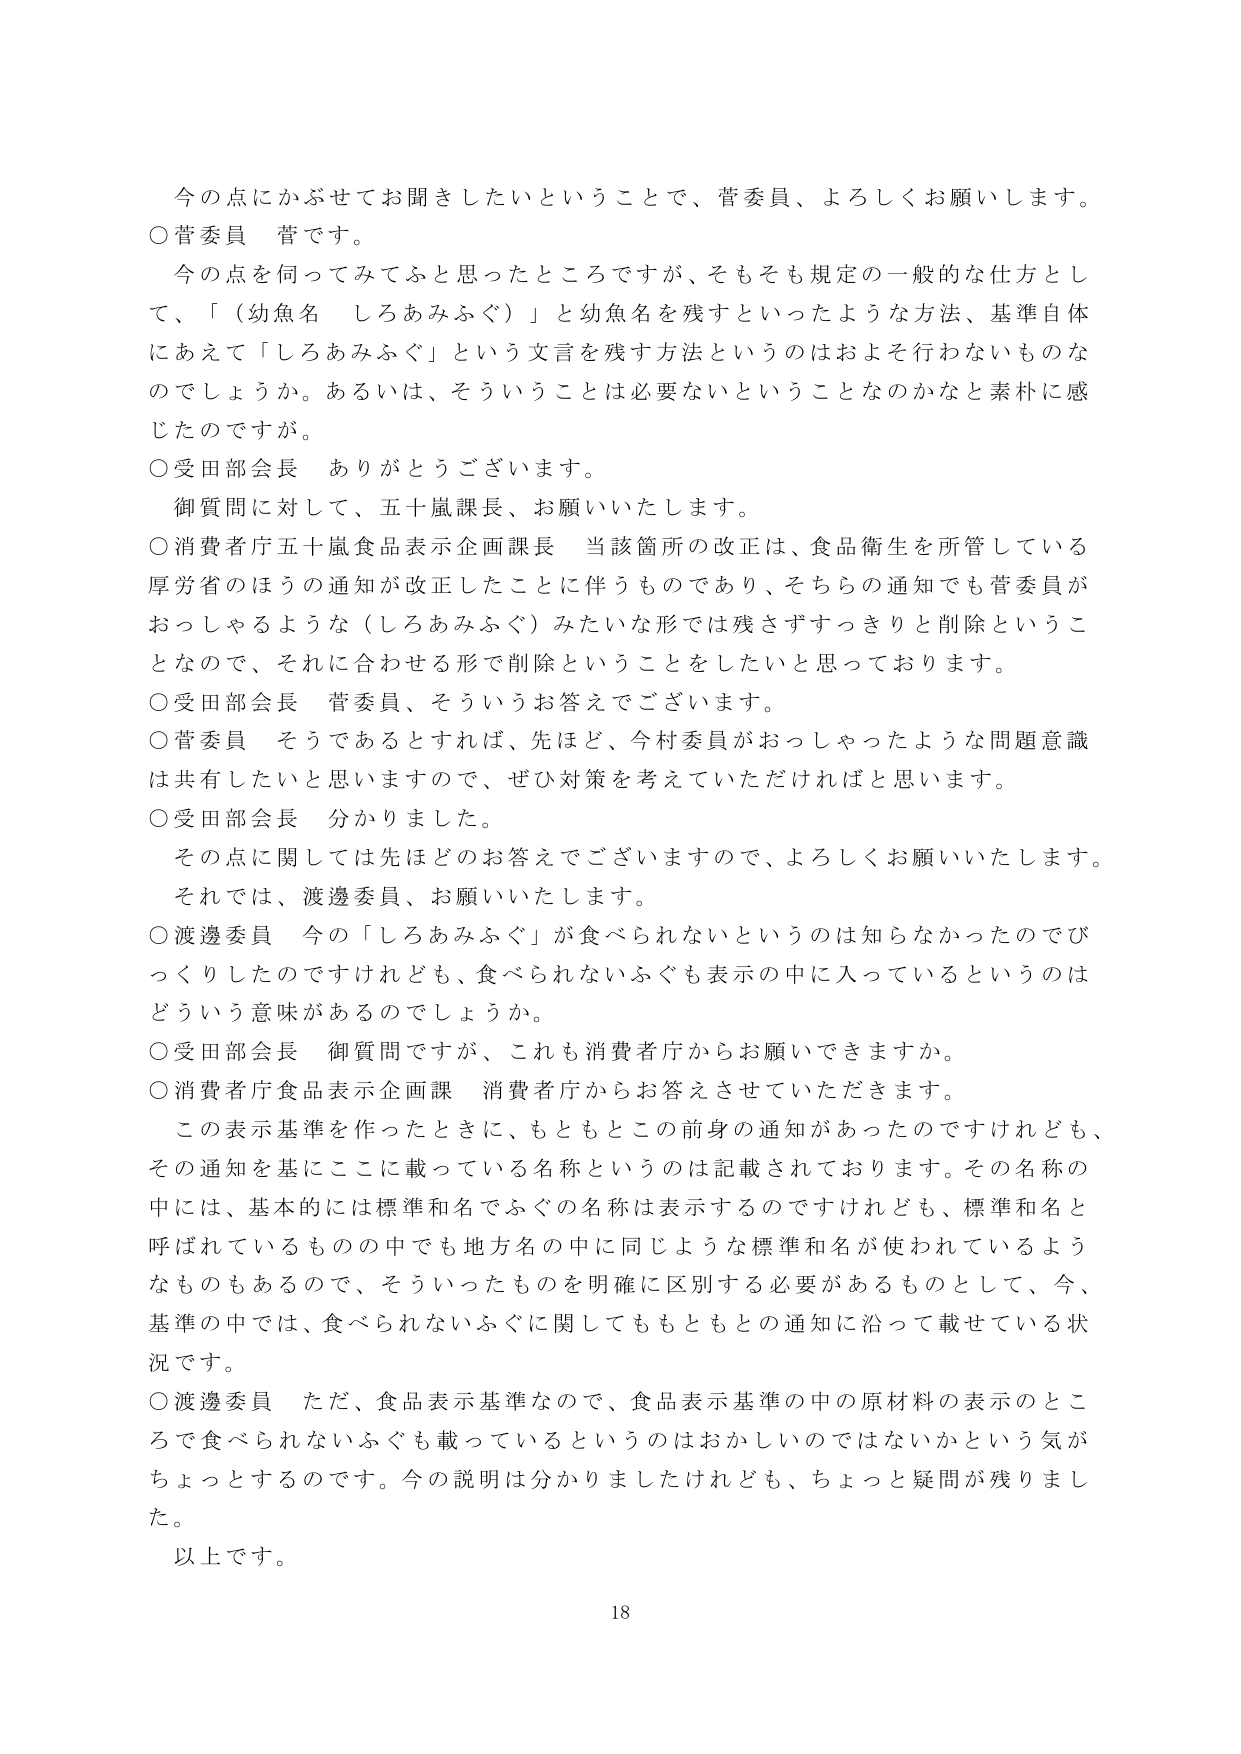
今の点にかぶせてお聞きしたいということで、菅委員、よろしくお願いします。

○菅委員　菅です。
今の点を伺ってみてふと思ったところですが、そもそも規定の一般的な仕方として、「（幼魚名　しろあみふぐ）」と幼魚名を残すといったような方法、基準自体にあえて「しろあみふぐ」という文言を残す方法というのはおよそ行わないものなのでしょうか。あるいは、そういうことは必要ないということなのかなと素朴に感じたのですが。

○受田部会長　ありがとうございます。
御質問に対して、五十嵐課長、お願いいたします。

○消費者庁五十嵐食品表示企画課長　当該箇所の改正は、食品衛生を所管している厚労省のほうの通知が改正したことに伴うものであり、そちらの通知でも菅委員がおっしゃるような（しろあみふぐ）みたいな形では残さずっきりと削除ということなので、それに合わせる形で削除ということをしたいと思っております。

○受田部会長　菅委員、そういうお答えでございます。

○菅委員　そうであるとすれば、先ほど、今村委員がおっしゃったような問題意識は共有したいと思いますので、ぜひ対策を考えていただければと思います。

○受田部会長　分かりました。
その点に関しては先ほどのお答えでございますので、よろしくお願いいたします。
それでは、渡邊委員、お願いいたします。

○渡邊委員　今の「しろあみふぐ」が食べられないというのは知らなかったのでびっくりしたのですけれども、食べられないふぐも表示の中に入っているというのはどういう意味があるのでしょうか。

○受田部会長　御質問ですが、これも消費者庁からお願いできますか。

○消費者庁食品表示企画課　消費者庁からお答えさせていただきます。
この表示基準を作ったときに、もともとこの前身の通知があったのですけれども、その通知を基にここに載っている名称というのは記載されております。その名称の中には、基本的には標準和名でふぐの名称は表示するのですけれども、標準和名と呼ばれているものの中でも地方名の中に同じような標準和名が使われているようなものもあるので、そういったものを明確に区別する必要があるものとして、今、基準の中では、食べられないふぐに関してももともとの通知に沿って載せている状況です。

○渡邊委員　ただ、食品表示基準なので、食品表示基準の中の原材料の表示のところで食べられないふぐも載っているというのはおかしいのではないかという気がちょっとするのです。今の説明は分かりましたけれども、ちょっと疑問が残りました。

以上です。

18